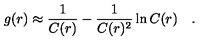
g ( r ) \approx \frac { 1 } { C ( r ) } - \frac { 1 } { C ( r ) ^ { 2 } } \ln C ( r ) \quad .